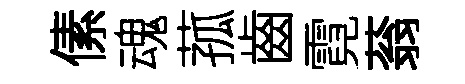
傃魂菰齒霓蓊